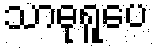
သာဓုရူပေ